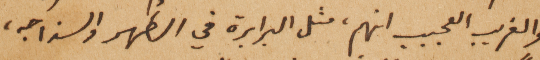
والغريب العجيب انهم، مثل البرابرة في الطهر والسذاجه،